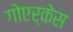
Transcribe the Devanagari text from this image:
गोएर्केस